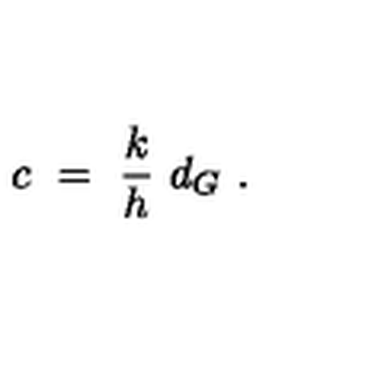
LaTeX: c \ = \ { \frac { k } { h } } \ d _ { G } \ .